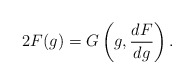
\begin{align*}2 F(g) = G \left( g, \frac{dF}{dg} \right).\end{align*}